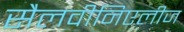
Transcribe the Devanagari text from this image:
सैलवीनिएलीज